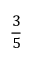
\frac { 3 } { 5 }